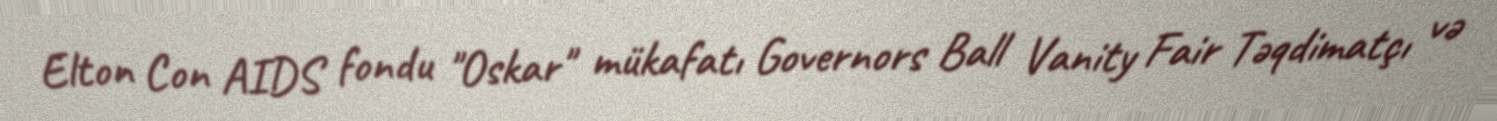
Elton Con AIDS fondu "Oskar" mükafatı Governors Ball Vanity Fair Təqdimatçı və